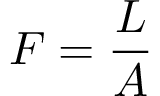
F = { \frac { L } { A } }